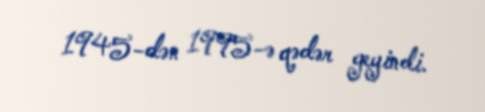
1945-dən 1995-ə qədər geyindi.